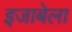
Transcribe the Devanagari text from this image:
इजाबेला